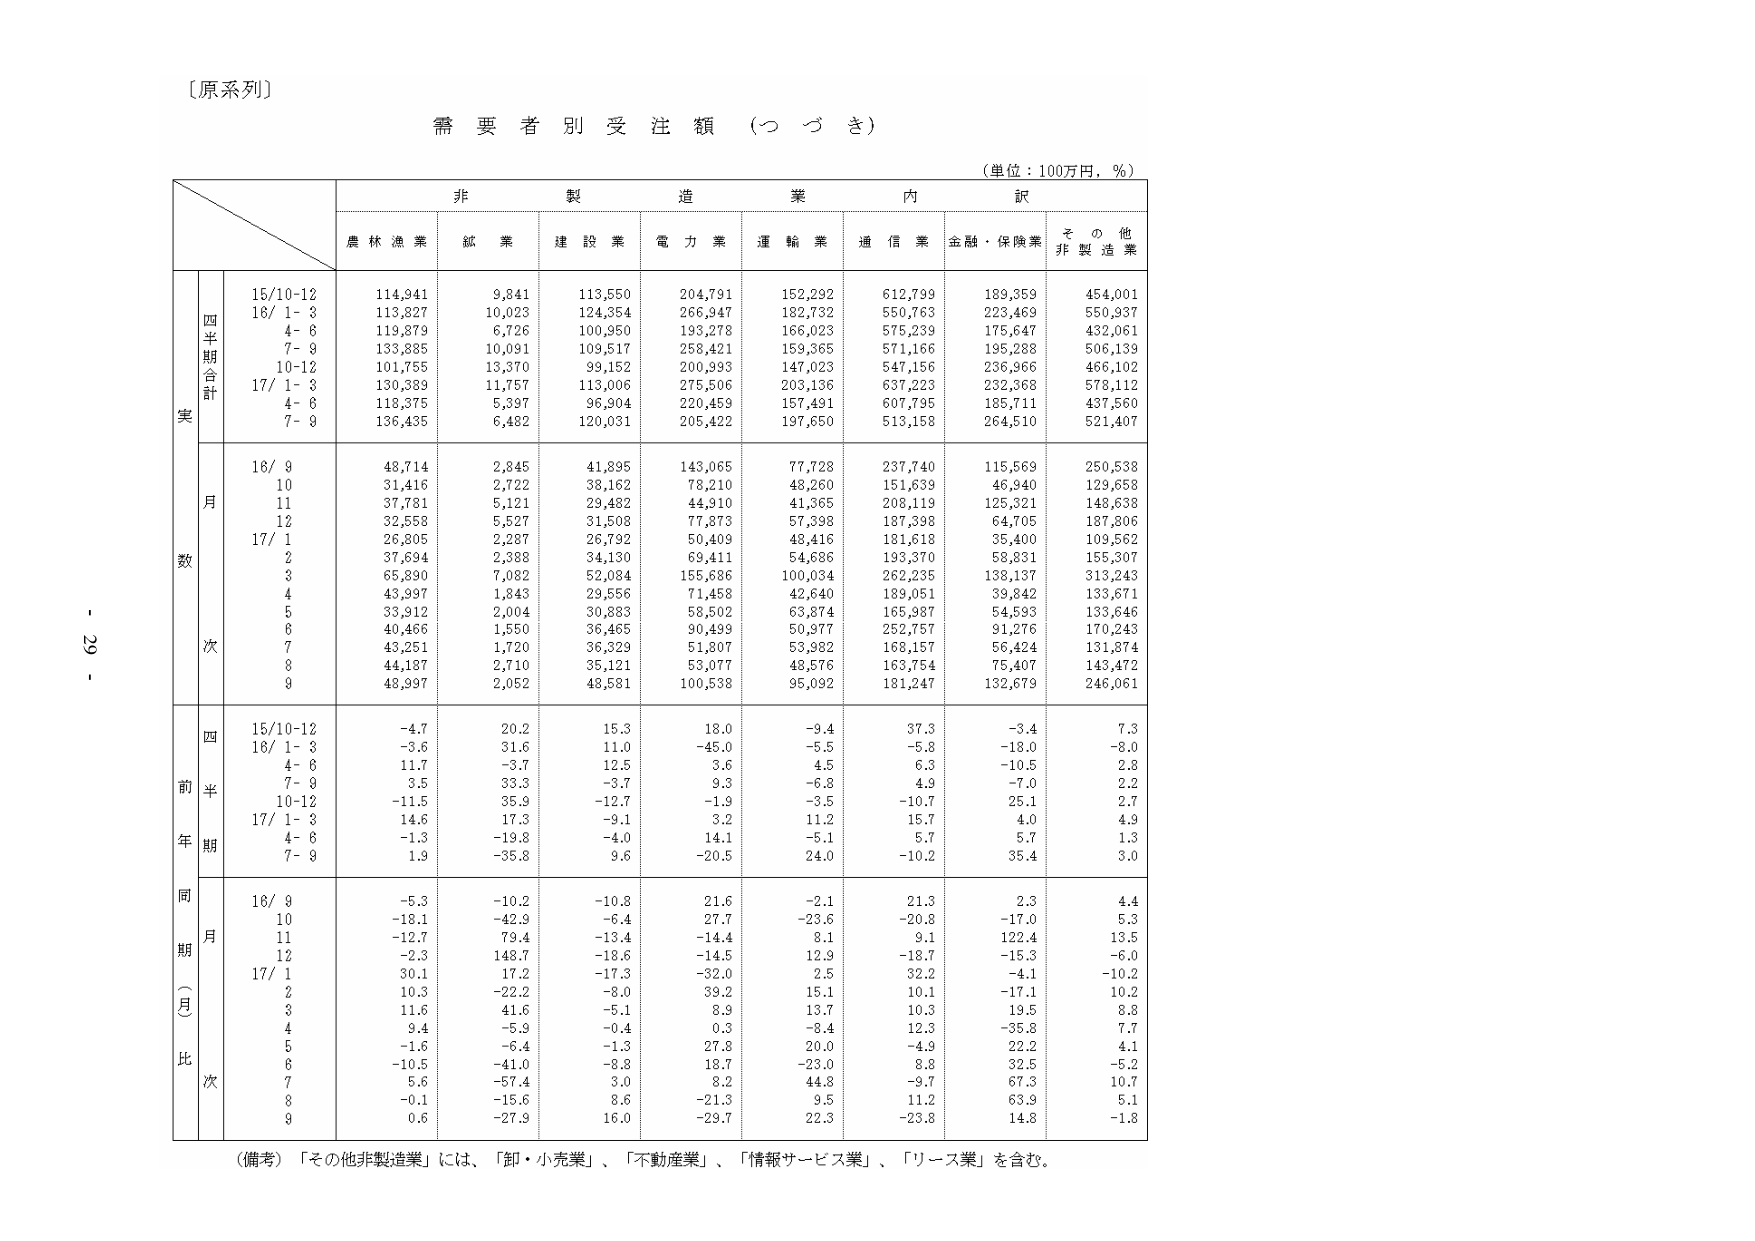
〔原系列〕

需要者別受注額（つづき）

（単位：100万円，％）